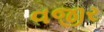
વજીર